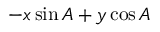
- x \sin A + y \cos A